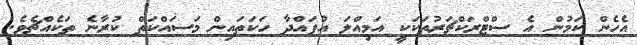
އެެހެން ކަމުން އެ ސްޓްރަކްޗަރުތަކަކީ އަމިއްލަ އުފައްދާ ހަކަތައިން މަސައްކަތް ކުރާނެ ތަކެއްޗެވެ.